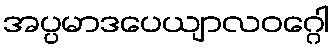
အပ္ပမာဒပေယျာလဝဂ္ဂေါ